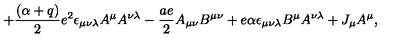
+ { \frac { ( \alpha + q ) } { 2 } } e ^ { 2 } \epsilon _ { \mu \nu \lambda } A ^ { \mu } A ^ { \nu \lambda } - { \frac { a e } { 2 } } A _ { \mu \nu } B ^ { \mu \nu } + e \alpha \epsilon _ { \mu \nu \lambda } B ^ { \mu } A ^ { \nu \lambda } + J _ { \mu } A ^ { \mu } ,